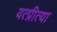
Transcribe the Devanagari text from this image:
यत्प्रीत्या